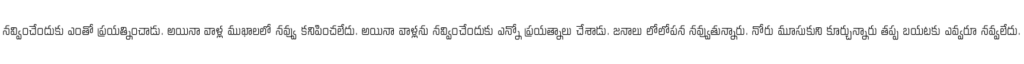
నవ్వించేందుకు ఎంతో ప్రయత్నించాడు. అయినా వాళ్ల ముఖాలలో నవ్వు కనిపించలేదు. అయినా వాళ్లను నవ్వించేందుకు ఎన్నో ప్రయత్నాలు చేశాడు. జనాలు లోలోపన నవ్వుతున్నారు. నోరు మూసుకుని కూర్చున్నారు తప్ప బయటకు ఎవ్వరూ నవ్వలేదు.